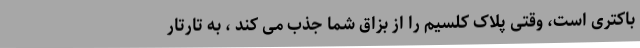
باکتری است، وقتی پلاک کلسیم را از بزاق شما جذب می کند ، به تارتار